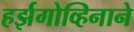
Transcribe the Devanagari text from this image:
हर्झगोव्हिनाने